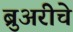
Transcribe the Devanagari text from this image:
ब्रुअरीचे